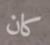
كان